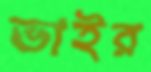
ভাইর